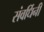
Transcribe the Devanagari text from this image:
संवर्धिनी